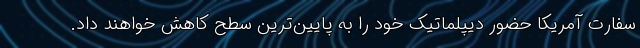
سفارت آمریکا حضور دیپلماتیک خود را به پایین‌ترین سطح کاهش خواهند داد.